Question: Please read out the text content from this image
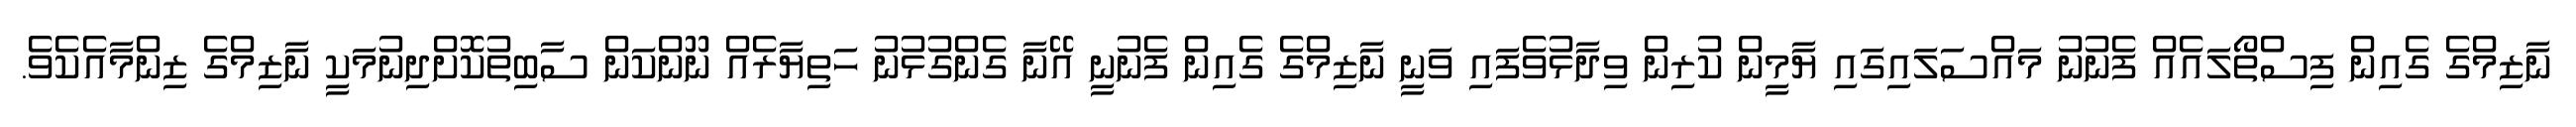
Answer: ނާޒިމްގެ ގެއިން ފިސްތޯލައެއް ފެނުނު މައްސަލައިގައި ޔާމީން ކުރިން ވިދާޅުވެފައި ވަނީ ނާޒިމްގެ ގެއިން ފެނުނީ އޭނާ ގެންގުޅުނު ހަތިޔާރެއް ނޫންކަން ސާބިތުކޮށްދިނުމަކީ ނާޒިމްގެ ޒިންމާއެކެވެ.